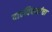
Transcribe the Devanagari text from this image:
वादविवादांचा